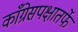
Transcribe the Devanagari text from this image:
काँग्रेसपक्षातर्फे